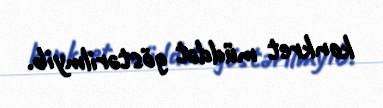
konkret müddət göstərilmyib.